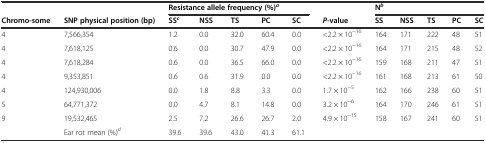
<table><thead><tr><td></td><td></td><td colspan="5"><b>Resistance allele frequency (%)<sup><i>a</i></sup></b></td><td></td><td colspan="5"><b>N<sup><i>b</i></sup></b></td></tr><tr><td><b>Chromo-some</b></td><td><b>SNP physical position (bp)</b></td><td><b>SS<sup><i>c</i></sup></b></td><td><b>NSS</b></td><td><b>TS</b></td><td><b>PC</b></td><td><b>SC</b></td><td><b><i>P-</i>value</b></td><td><b>SS</b></td><td><b>NSS</b></td><td><b>TS</b></td><td><b>PC</b></td><td><b>SC</b></td></tr></thead><tbody><tr><td>4</td><td>7,566,354</td><td>1.2</td><td>0.0</td><td>32.0</td><td>60.4</td><td>0.0</td><td>&lt;2.2 × 10<sup>−16</sup></td><td>164</td><td>171</td><td>222</td><td>48</td><td>51</td></tr><tr><td>4</td><td>7,618,125</td><td>0.6</td><td>0.0</td><td>30.7</td><td>47.9</td><td>0.0</td><td>&lt;2.2 × 10<sup>−16</sup></td><td>164</td><td>171</td><td>215</td><td>48</td><td>52</td></tr><tr><td>4</td><td>7,618,284</td><td>0.6</td><td>0.0</td><td>36.5</td><td>66.0</td><td>0.0</td><td>&lt;2.2 × 10<sup>−16</sup></td><td>159</td><td>168</td><td>211</td><td>47</td><td>51</td></tr><tr><td>4</td><td>9,353,851</td><td>0.6</td><td>0.6</td><td>31.9</td><td>0.0</td><td>0.0</td><td>&lt;2.2 × 10<sup>−16</sup></td><td>161</td><td>168</td><td>213</td><td>61</td><td>50</td></tr><tr><td>4</td><td>124,930,006</td><td>0.0</td><td>1.8</td><td>8.8</td><td>3.3</td><td>0.0</td><td>1.7 × 10<sup>−5</sup></td><td>162</td><td>166</td><td>238</td><td>60</td><td>51</td></tr><tr><td>5</td><td>64,771,372</td><td>0.0</td><td>4.7</td><td>8.1</td><td>14.8</td><td>0.0</td><td>3.2 × 10<sup>−6</sup></td><td>164</td><td>170</td><td>246</td><td>61</td><td>51</td></tr><tr><td>9</td><td>19,532,465</td><td>2.5</td><td>7.2</td><td>26.6</td><td>26.7</td><td>2.0</td><td>4.9 × 10<sup>−15</sup></td><td>158</td><td>167</td><td>241</td><td>60</td><td>51</td></tr><tr><td></td><td>Ear rot mean (%)<sup><i>d</i></sup></td><td>39.6</td><td>39.6</td><td>43.0</td><td>41.3</td><td>61.1</td><td></td><td></td><td></td><td></td><td></td><td></td></tr></tbody></table>